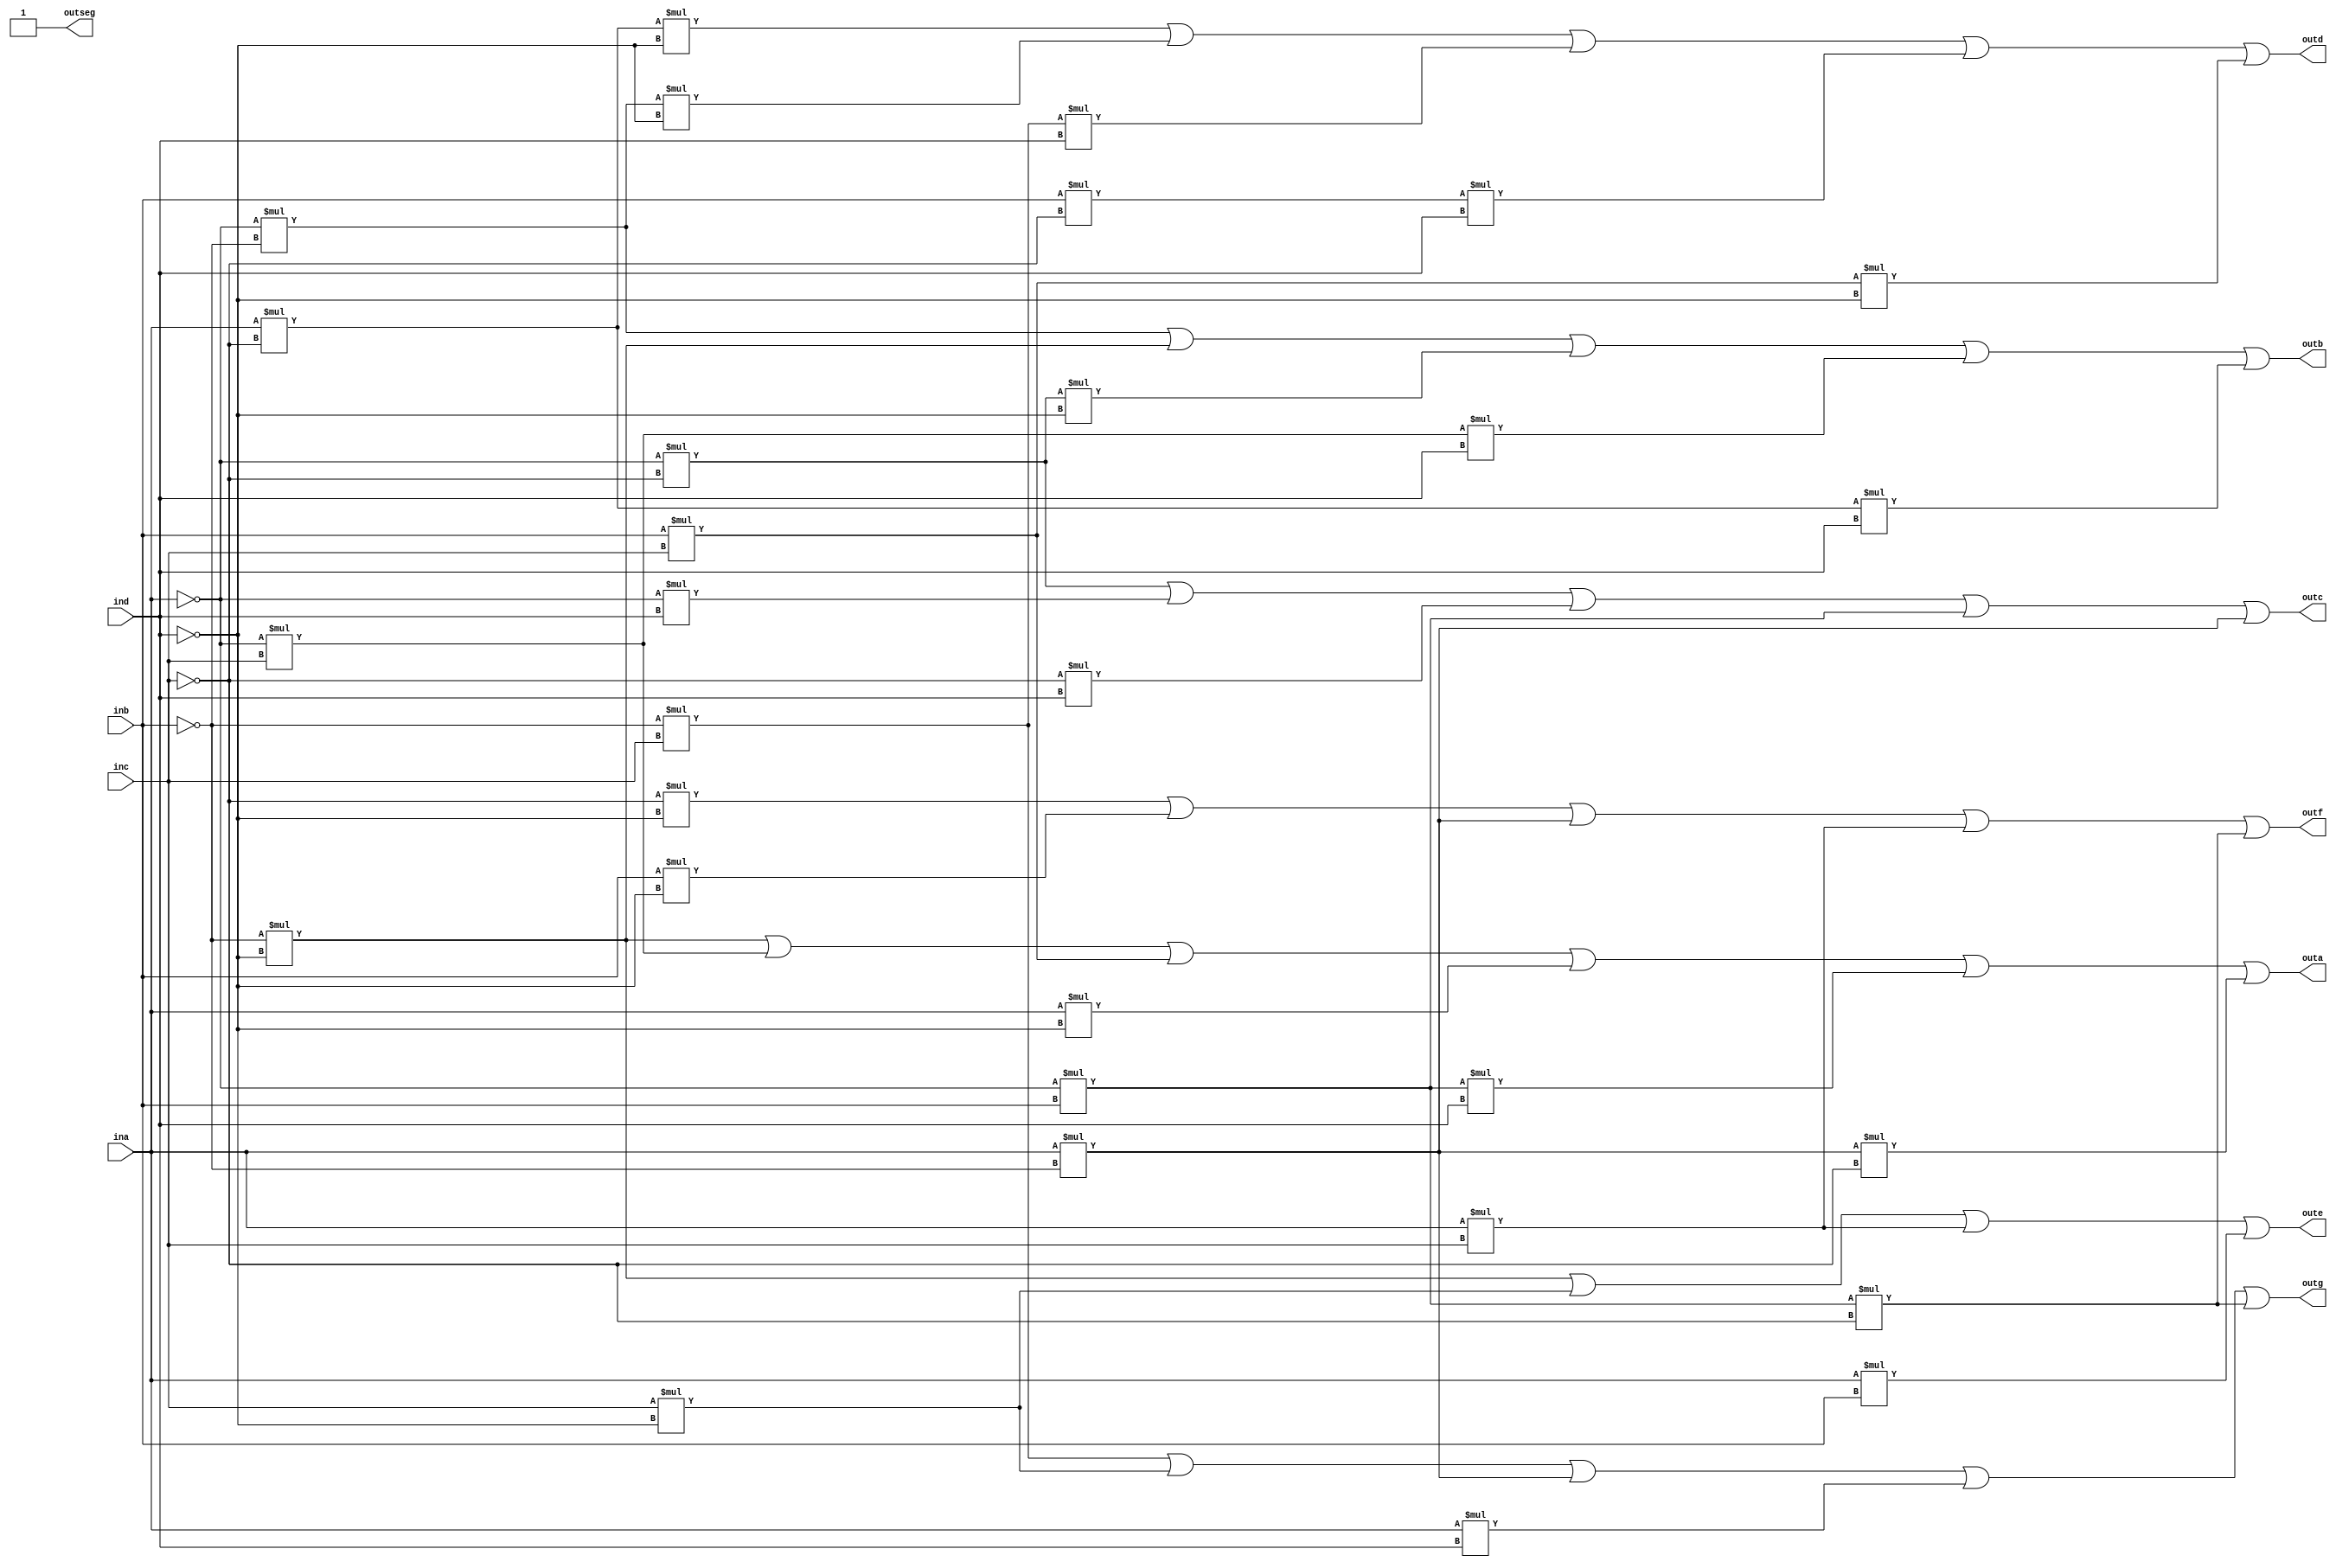
`timescale 1ns / 1ps
//////////////////////////////////////////////////////////////////////////////////
// Company: 
// Engineer: 
// 
// Design Name: 
// Module Name: seven_segment_display
// Project Name: 
// Target Devices: 
// Tool Versions: 
// Description: 
// 
// Dependencies: 
// 
// Revision:
// Revision 0.01 - File Created
// Additional Comments:
// 
//////////////////////////////////////////////////////////////////////////////////

module seven_segment_display(
    input ina,
    input inb,
    input inc,
    input ind,
    output outa,
    output outb,
    output outc,
    output outd,
    output oute,
    output outf,
    output outg,
    output outseg
);
 
assign outa = (~inb * ~ind) | (~ina * inc) | (inb * inc) | (ina * ~ind) | (~ina * inb * ind) | (ina * ~inb * ~inc);
assign outb = (~ina * ~inb) | (~inb * ~ind) | (~ina * ~inc * ~ind) | (~ina * inc * ind) | (ina * ~inc * ind);
assign outc = (~ina * ~inc) | (~ina * ind) | (~inc * ind) | (~ina * inb) | (ina * ~inb);
assign outd = (ina * ~inc * ~ind) | (~ina * ~inb * ~ind) | (~inb * inc * ind) | (inb * ~inc * ind) | (inb * inc * ~ind);
assign oute = (~inb * ~ind) | (inc * ~ind) | (ina * inc) | (ina * inb);
assign outf = (~inc * ~ind) | (inb * ~ind) | (ina * ~inb) | (ina * inc) | (~ina * inb * ~inc);
assign outg = (~inb * inc) | (inc * ~ind) | (ina * ~inb) | (ina * ind) | (~ina * inb * ~inc);
assign outseg = 1;

endmodule